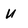
Character: U